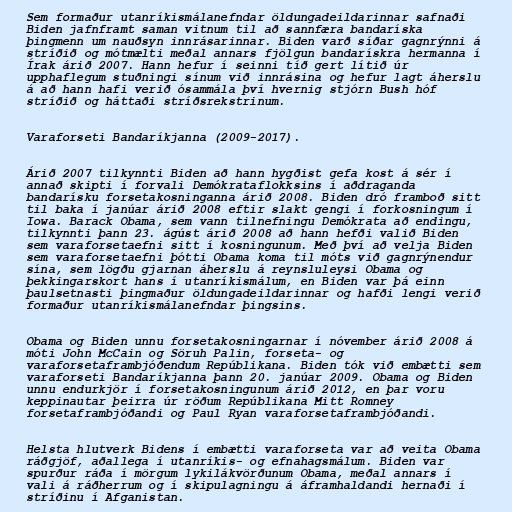
Sem formaður utanríkismálanefndar öldungadeildarinnar safnaði
Biden jafnframt saman vitnum til að sannfæra bandaríska
þingmenn um nauðsyn innrásarinnar. Biden varð síðar gagnrýnni á
stríðið og mótmælti meðal annars fjölgun bandarískra hermanna í
Írak árið 2007. Hann hefur í seinni tíð gert lítið úr
upphaflegum stuðningi sínum við innrásina og hefur lagt áherslu
á að hann hafi verið ósammála því hvernig stjórn Bush hóf
stríðið og háttaði stríðsrekstrinum.

Varaforseti Bandaríkjanna (2009-2017).

Árið 2007 tilkynnti Biden að hann hygðist gefa kost á sér í
annað skipti í forvali Demókrataflokksins í aðdraganda
bandarísku forsetakosninganna árið 2008. Biden dró framboð sitt
til baka í janúar árið 2008 eftir slakt gengi í forkosningum í
Iowa. Barack Obama, sem vann tilnefningu Demókrata að endingu,
tilkynnti þann 23. ágúst árið 2008 að hann hefði valið Biden
sem varaforsetaefni sitt í kosningunum. Með því að velja Biden
sem varaforsetaefni þótti Obama koma til móts við gagnrýnendur
sína, sem lögðu gjarnan áherslu á reynsluleysi Obama og
þekkingarskort hans í utanríkismálum, en Biden var þá einn
þaulsetnasti þingmaður öldungadeildarinnar og hafði lengi verið
formaður utanríkismálanefndar þingsins.

Obama og Biden unnu forsetakosningarnar í nóvember árið 2008 á
móti John McCain og Söruh Palin, forseta- og
varaforsetaframbjóðendum Repúblikana. Biden tók við embætti sem
varaforseti Bandaríkjanna þann 20. janúar 2009. Obama og Biden
unnu endurkjör í forsetakosningunum árið 2012, en þar voru
keppinautar þeirra úr röðum Repúblikana Mitt Romney
forsetaframbjóðandi og Paul Ryan varaforsetaframbjóðandi.

Helsta hlutverk Bidens í embætti varaforseta var að veita Obama
ráðgjöf, aðallega í utanríkis- og efnahagsmálum. Biden var
spurður ráða í mörgum lykilákvörðunum Obama, meðal annars í
vali á ráðherrum og í skipulagningu á áframhaldandi hernaði í
stríðinu í Afganistan.